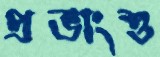
প্রভাংশু